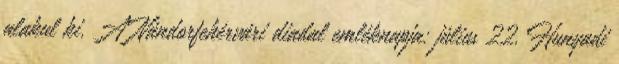
alakul ki. A Nándorfehérvári diadal emléknapja: július 22. Hunyadi